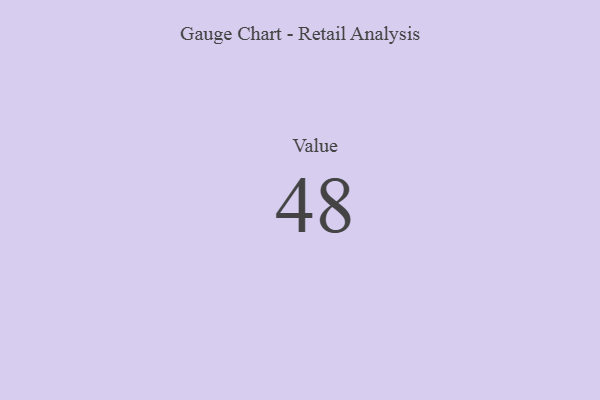
{"axis": {"x": "Metric", "y": "Value"}, "legend": [""], "data": [{"x": "Value", "y": 48, "type": ""}]}